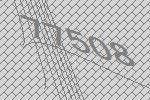
77508